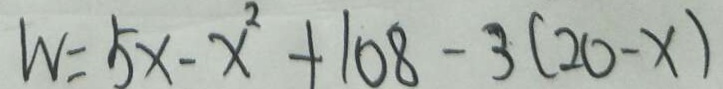
W = 5 x - x ^ { 2 } + 1 0 8 - 3 ( 2 0 - x )